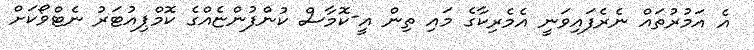
އެ އަމުރުތައް ނެރެފައިވަނީ އެމެރިކާގެ މައި ތިން އީ-ކޮމާސް ކުންފުންޏެއްގެ ކޮމްޕިއުޓަރު ނެޓްވޯކަށް